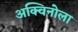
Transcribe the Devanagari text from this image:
अक्विनोला